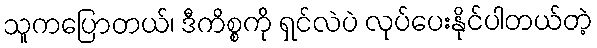
သူကပြောတယ်၊ ဒီကိစ္စကို ရှင်လဲပဲ လုပ်ပေးနိုင်ပါတယ်တဲ့